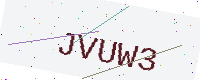
Text: JVUW3